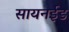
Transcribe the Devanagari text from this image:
सायनईड